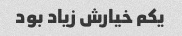
یکم خیارش زیاد بود